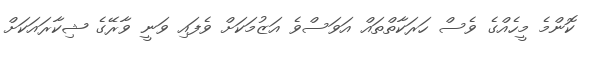
ކޮންމެ މީހެއްގެ ވެސް ހަރަކާތްތައް އަވަސްވެ އަޒުމަކަށް ވެފައި ވަނީ ވާރޭގެ ޝިކާރައަކަށް